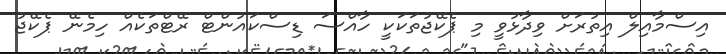
އިސްމާއިލް އިތުރަށް ވިދާޅުވީ މި ޕެކޭޖުތަކަކީ ހާއްސަ ޑިސްކައުންޓް ރޭޓްތަކެއް ހިމެނޭ ޕެކޭޖު